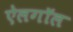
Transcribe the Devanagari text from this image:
ऐलगॉल